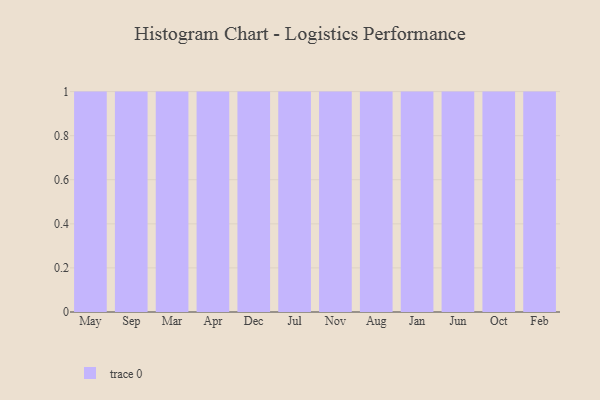
{"axis": {"x": "Month", "y": "Gross Profit (USD K)"}, "legend": [""], "data": [{"x": "May", "y": 12, "type": ""}, {"x": "Sep", "y": 65, "type": ""}, {"x": "Mar", "y": 8, "type": ""}, {"x": "Apr", "y": 76, "type": ""}, {"x": "Dec", "y": 88, "type": ""}, {"x": "Jul", "y": 41, "type": ""}, {"x": "Nov", "y": 26, "type": ""}, {"x": "Aug", "y": 92, "type": ""}, {"x": "Jan", "y": 69, "type": ""}, {"x": "Jun", "y": 78, "type": ""}, {"x": "Oct", "y": 47, "type": ""}, {"x": "Feb", "y": 11, "type": ""}]}